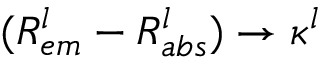
( R _ { e m } ^ { l } - R _ { a b s } ^ { l } ) \to \kappa ^ { l }